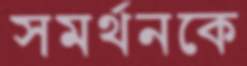
সমর্থনকে